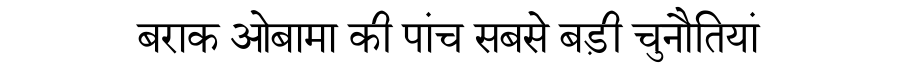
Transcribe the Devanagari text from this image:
बराक ओबामा की पांच सबसे बड़ी चुनौतियां